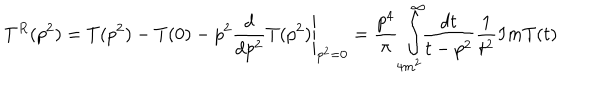
T ^ { R } ( p ^ { 2 } ) = T ( p ^ { 2 } ) - T ( 0 ) - p ^ { 2 } \left. \frac { d } { d p ^ { 2 } } T ( p ^ { 2 } ) \right| _ { p ^ { 2 } = 0 } = \frac { p ^ { 4 } } { \pi } \int _ { 4 m ^ { 2 } } ^ { \infty } \! \! \frac { d t } { t - p ^ { 2 } } \frac { 1 } { t ^ { 2 } } I m T ( t )